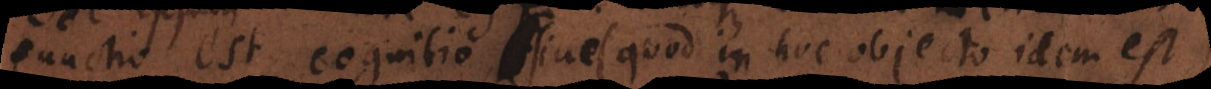
functio est cognitio sive (quod in hoc objecto idem est)